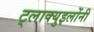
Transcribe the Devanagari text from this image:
ट्लाक्युइलोंनी